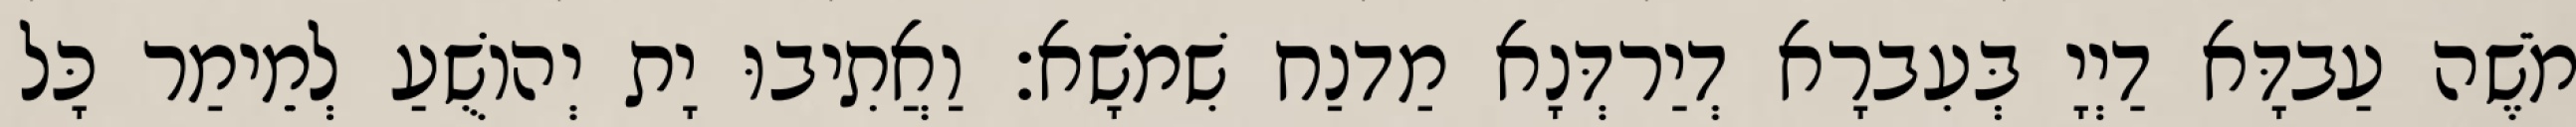
מֹשֶׁה עַבדָּא דַיְיָ בְּעִברָא דְיַרדְּנָא מַדנַח שִׁמשָׁא׃ וַאֲתִיבוּ יָת יְהוֹשֻׁעַ לְמֵימַר כָּל